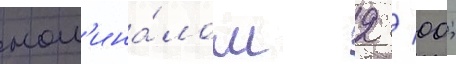
ном'ина́лом 2 / 00;